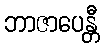
ဘာဇာပေန္တီ